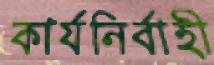
কার্যনির্বাহী